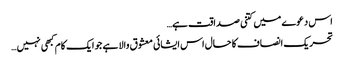
اس دعوے میں کتنی صداقت ہے…
تحریک انصاف کا حال اس ایشائی معشوق والا ہے جو ایک کام کبھی نہیں…